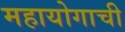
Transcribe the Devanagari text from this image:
महायोगाची